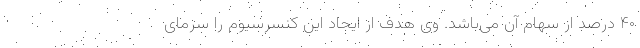
۴۰ درصد از سهام آن می‌باشد. وی هدف از ایجاد این کنسرسیوم را سرمای